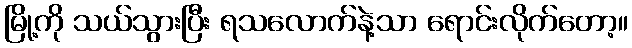
မြို့ကို သယ်သွားပြီး ရသလောက်နဲ့သာ ရောင်းလိုက်တော့။